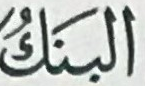
البنك